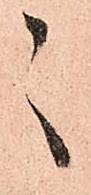
々